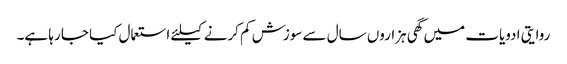
روایتی ادویات میں گھی ہزاروں سال سے سوزش کم کرنے کیلئے استعمال کیا جا رہا ہے۔